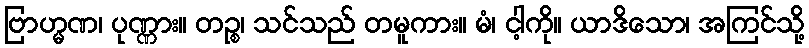
ဗြာဟ္မဏ၊ ပုဏ္ဏား။ တဉ္စ၊ သင်သည် တမူကား။ မံ၊ ငါ့ကို။ ယာဒိသော၊ အကြင်သို့